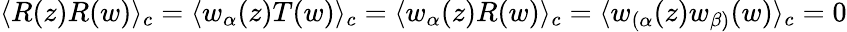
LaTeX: \langle R(z)R(w)\rangle_{c}=\langle w_{\alpha}(z)T(w)\rangle_{c}=\langle w_{\alpha}(z)R(w)\rangle_{c}=\langle w_{(\alpha}(z)w_{\beta)}(w)\rangle_{c}=0